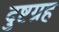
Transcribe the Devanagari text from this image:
दुष्टग्रह